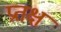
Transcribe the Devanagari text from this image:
प्रतक्ष